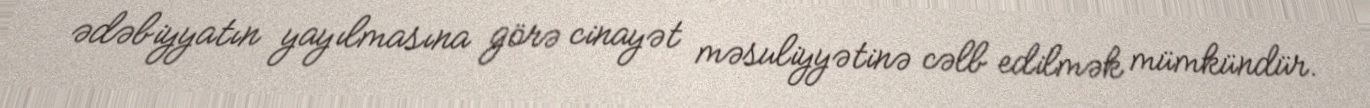
ədəbiyyatın yayılmasına görə cinayət məsuliyyətinə cəlb edilmək mümkündür.